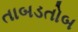
તાબડતોબ